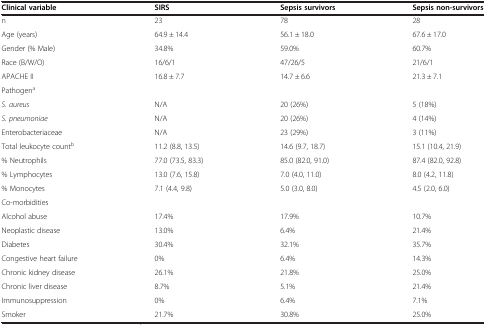
<table><thead><tr><td><b>Clinical variable</b></td><td><b>SIRS</b></td><td><b>Sepsis survivors</b></td><td><b>Sepsis non-survivors</b></td></tr></thead><tbody><tr><td>n</td><td>23</td><td>78</td><td>28</td></tr><tr><td>Age (years)</td><td>64.9 ± 14.4</td><td>56.1 ± 18.0</td><td>67.6 ± 17.0</td></tr><tr><td>Gender (% Male)</td><td>34.8%</td><td>59.0%</td><td>60.7%</td></tr><tr><td>Race (B/W/O)</td><td>16/6/1</td><td>47/26/5</td><td>21/6/1</td></tr><tr><td>APACHE II</td><td>16.8 ± 7.7</td><td>14.7 ± 6.6</td><td>21.3 ± 7.1</td></tr><tr><td>Pathogen<sup>a</sup></td><td></td><td></td><td></td></tr><tr><td><i>S. aureus</i></td><td>N/A</td><td>20 (26%)</td><td>5 (18%)</td></tr><tr><td><i>S. pneumoniae</i></td><td>N/A</td><td>20 (26%)</td><td>4 (14%)</td></tr><tr><td>Enterobacteriaceae</td><td>N/A</td><td>23 (29%)</td><td>3 (11%)</td></tr><tr><td>Total leukocyte count<sup>b</sup></td><td>11.2 (8.8, 13.5)</td><td>14.6 (9.7, 18.7)</td><td>15.1 (10.4, 21.9)</td></tr><tr><td>% Neutrophils</td><td>77.0 (73.5, 83.3)</td><td>85.0 (82.0, 91.0)</td><td>87.4 (82.0, 92.8)</td></tr><tr><td>% Lymphocytes</td><td>13.0 (7.6, 15.8)</td><td>7.0 (4.0, 11.0)</td><td>8.0 (4.2, 11.8)</td></tr><tr><td>% Monocytes</td><td>7.1 (4.4, 9.8)</td><td>5.0 (3.0, 8.0)</td><td>4.5 (2.0, 6.0)</td></tr><tr><td>Co-morbidities</td><td></td><td></td><td></td></tr><tr><td>Alcohol abuse</td><td>17.4%</td><td>17.9%</td><td>10.7%</td></tr><tr><td>Neoplastic disease</td><td>13.0%</td><td>6.4%</td><td>21.4%</td></tr><tr><td>Diabetes</td><td>30.4%</td><td>32.1%</td><td>35.7%</td></tr><tr><td>Congestive heart failure</td><td>0%</td><td>6.4%</td><td>14.3%</td></tr><tr><td>Chronic kidney disease</td><td>26.1%</td><td>21.8%</td><td>25.0%</td></tr><tr><td>Chronic liver disease</td><td>8.7%</td><td>5.1%</td><td>21.4%</td></tr><tr><td>Immunosuppression</td><td>0%</td><td>6.4%</td><td>7.1%</td></tr><tr><td>Smoker</td><td>21.7%</td><td>30.8%</td><td>25.0%</td></tr></tbody></table>